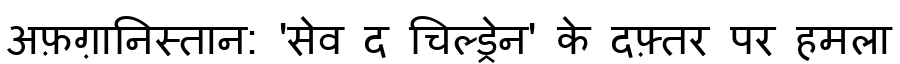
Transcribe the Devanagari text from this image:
अफ़ग़ानिस्तान: 'सेव द चिल्ड्रेन' के दफ़्तर पर हमला